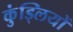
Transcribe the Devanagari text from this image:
कुंड्लियों